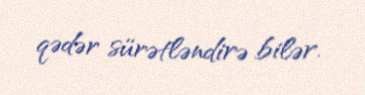
qədər sürətləndirə bilər.